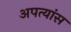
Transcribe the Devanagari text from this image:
अपत्यांस